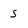
Character: S